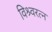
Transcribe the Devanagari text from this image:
विश्र्वरत्न